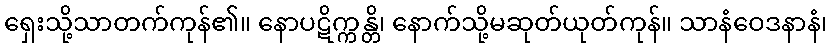
ရှေးသို့သာတက်ကုန်၏။ နောပဋိက္ကန္တိ၊ နောက်သို့မဆုတ်ယုတ်ကုန်။ သာနံဝေဒနာနံ၊